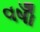
વષોઁ